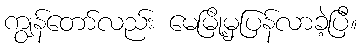
ကျွန်တော်လည်း မေမြို့မှပြန်လာခဲ့ပြီ။